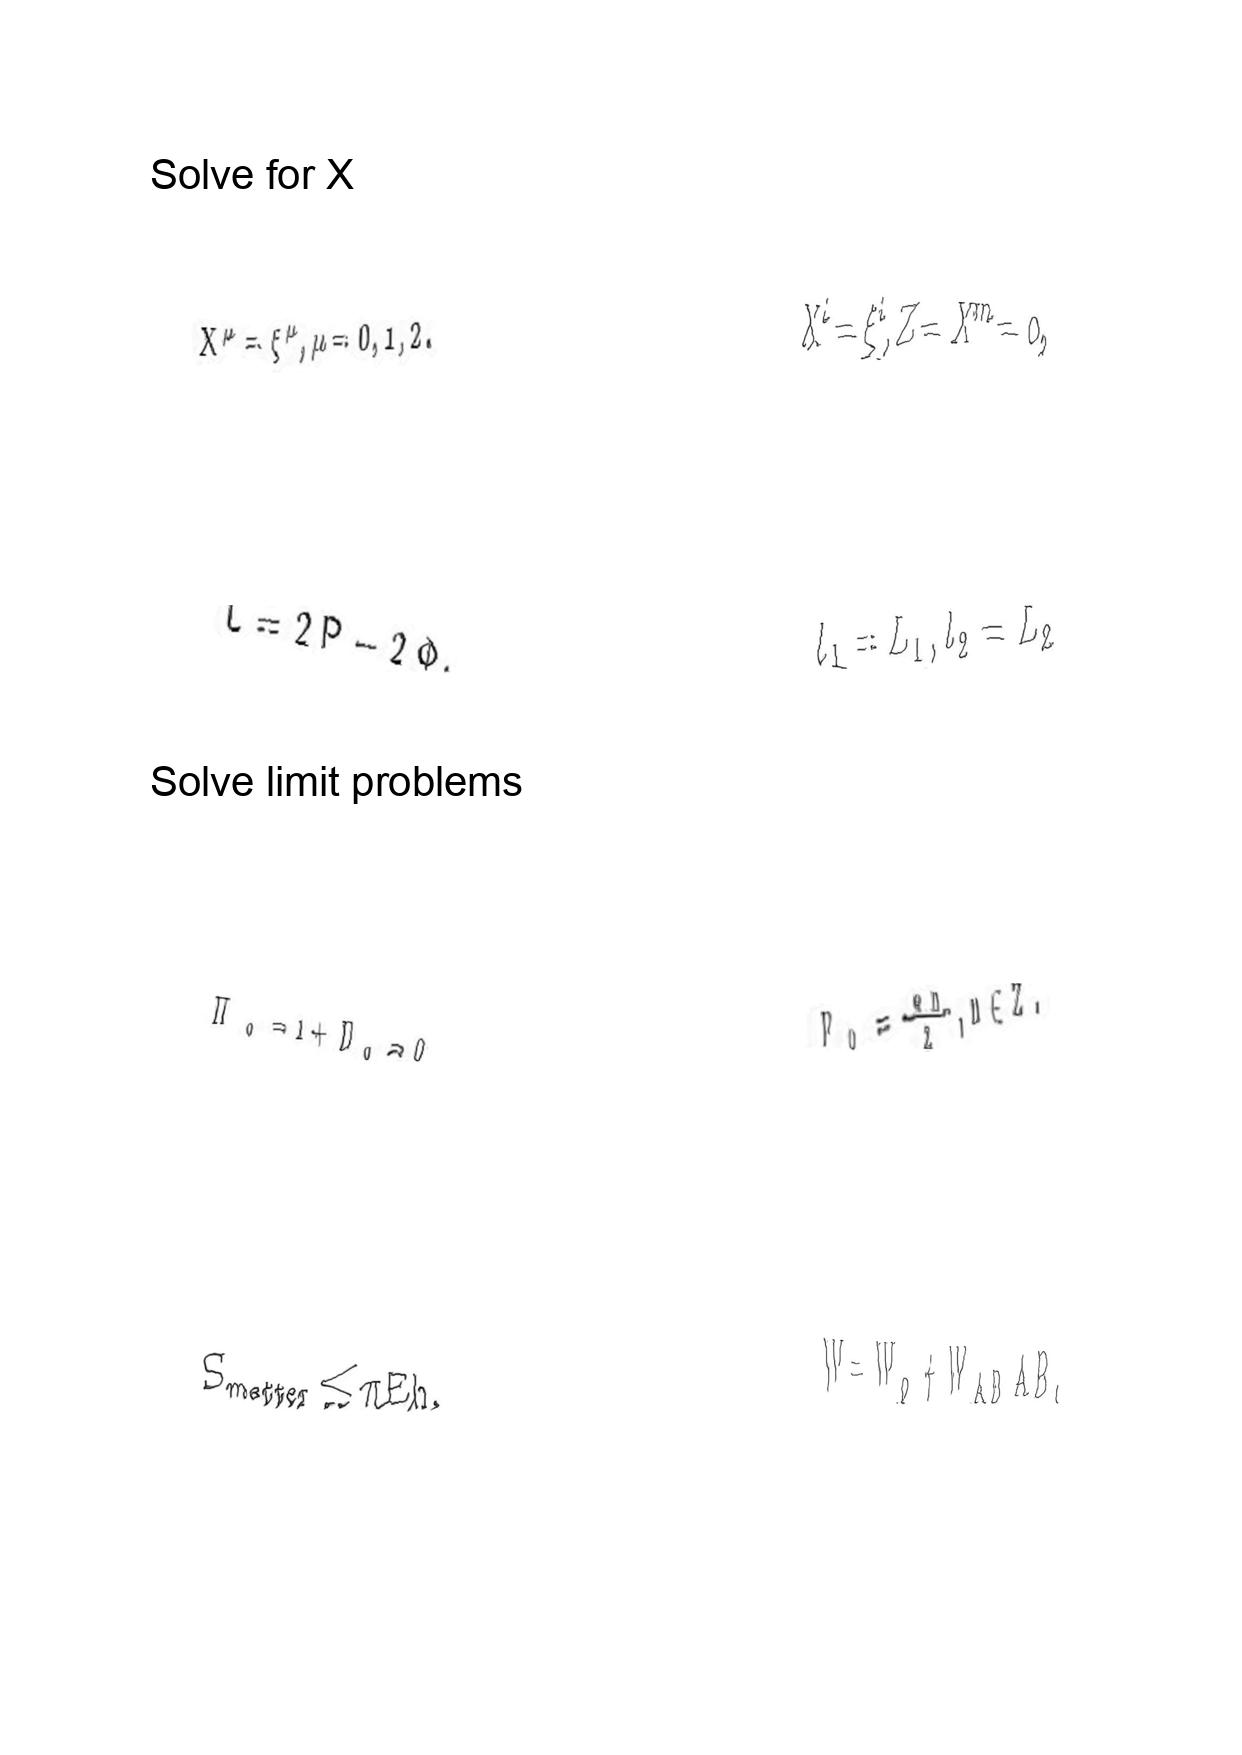
LaTeX transcription:
X ^ { \mu } = \xi ^ { \mu } , \mu = 0 , 1 , 2 .
L = 2 P - 2 \Phi ,
\tilde { \Pi } _ { o } = 1 + \Pi _ { o } = 0
S _ { \mathrm { m a t t e r } } \leq \pi E h .
X ^ { i } = \xi ^ { i } , Z = X ^ { m } = 0 ,
l _ { 1 } = L _ { 1 } , l _ { 2 } = L _ { 2 }
F _ { 0 } = \frac { e n } { Z } , n \in Z .
W = W _ { o } + W _ { A B } A B .